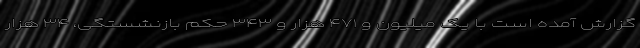
گزارش آمده است با یک میلیون و ۴۷۱ هزار و ۳۴۳ حکم بازنشستگی، ۳۴ هزار